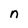
Character: n